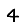
Digit: 4